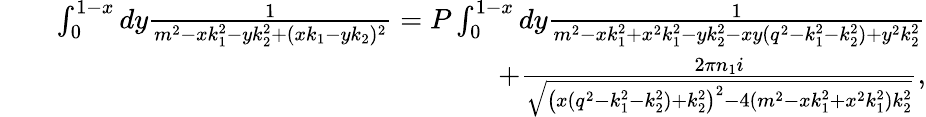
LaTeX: \begin{array}{rlr}&{}&{\int_{0}^{1-x}dy\frac{1}{m^{2}-xk_{1}^{2}-yk_{2}^{2}+(xk_{1}-yk_{2})^{2}}=P\int_{0}^{1-x}dy\frac{1}{m^{2}-xk_{1}^{2}+x^{2}k_{1}^{2}-yk_{2}^{2}-xy(q^{2}-k_{1}^{2}-k_{2}^{2})+y^{2}k_{2}^{2}}}\\ &{}&{+\frac{2\pi n_{1}i}{\sqrt{\left(x(q^{2}-k_{1}^{2}-k_{2}^{2})+k_{2}^{2}\right)^{2}-4(m^{2}-xk_{1}^{2}+x^{2}k_{1}^{2})k_{2}^{2}}},}\end{array}